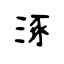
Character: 涿